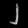
Digit: ၂